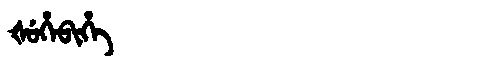
Manchu: ᡧᡠᡥᡝᠪᡳᡥᡝ
Romanization: ŠUHEBIHE